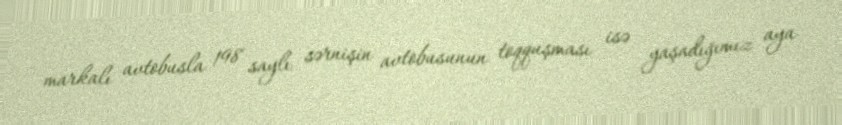
markalı avtobusla 198 saylı sərnişin avtobusunun toqquşması isə yaşadığımız aya